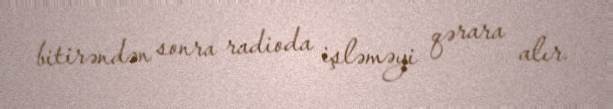
bitirəndən sonra radioda işləməyi qərara alır.